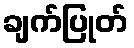
ချက်ပြုတ်